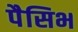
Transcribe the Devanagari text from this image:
पैसिभ